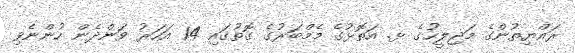
ރައްޔިތުންގެ މަޖިލީހުގެ ޅ. އަތޮޅުގެ މެމްބަރުގެ ގޮތުގައި 14 އަހަރު ވަންދެން ހުންނެވި